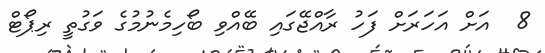
8  އަށް އަހަރަށް ފަހު ރާއްޖޭގައި ބޭއްވި ބޯހިމެނުމުގެ ވަގުތީ ރިޕޯޓް